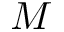
M